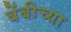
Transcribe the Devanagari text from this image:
बेंबीच्या